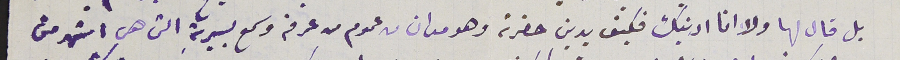
بل قال لها ولا انا ادينك فكيف يدين حضرته وهو مدان من عموم من عرفة وسمع بسيرتة التى هى اشهر من